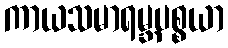
ကာယသမာရမ္ဘပစ္စယာ